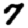
Digit: 7